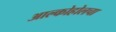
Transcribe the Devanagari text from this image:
आल्कोहोलचा